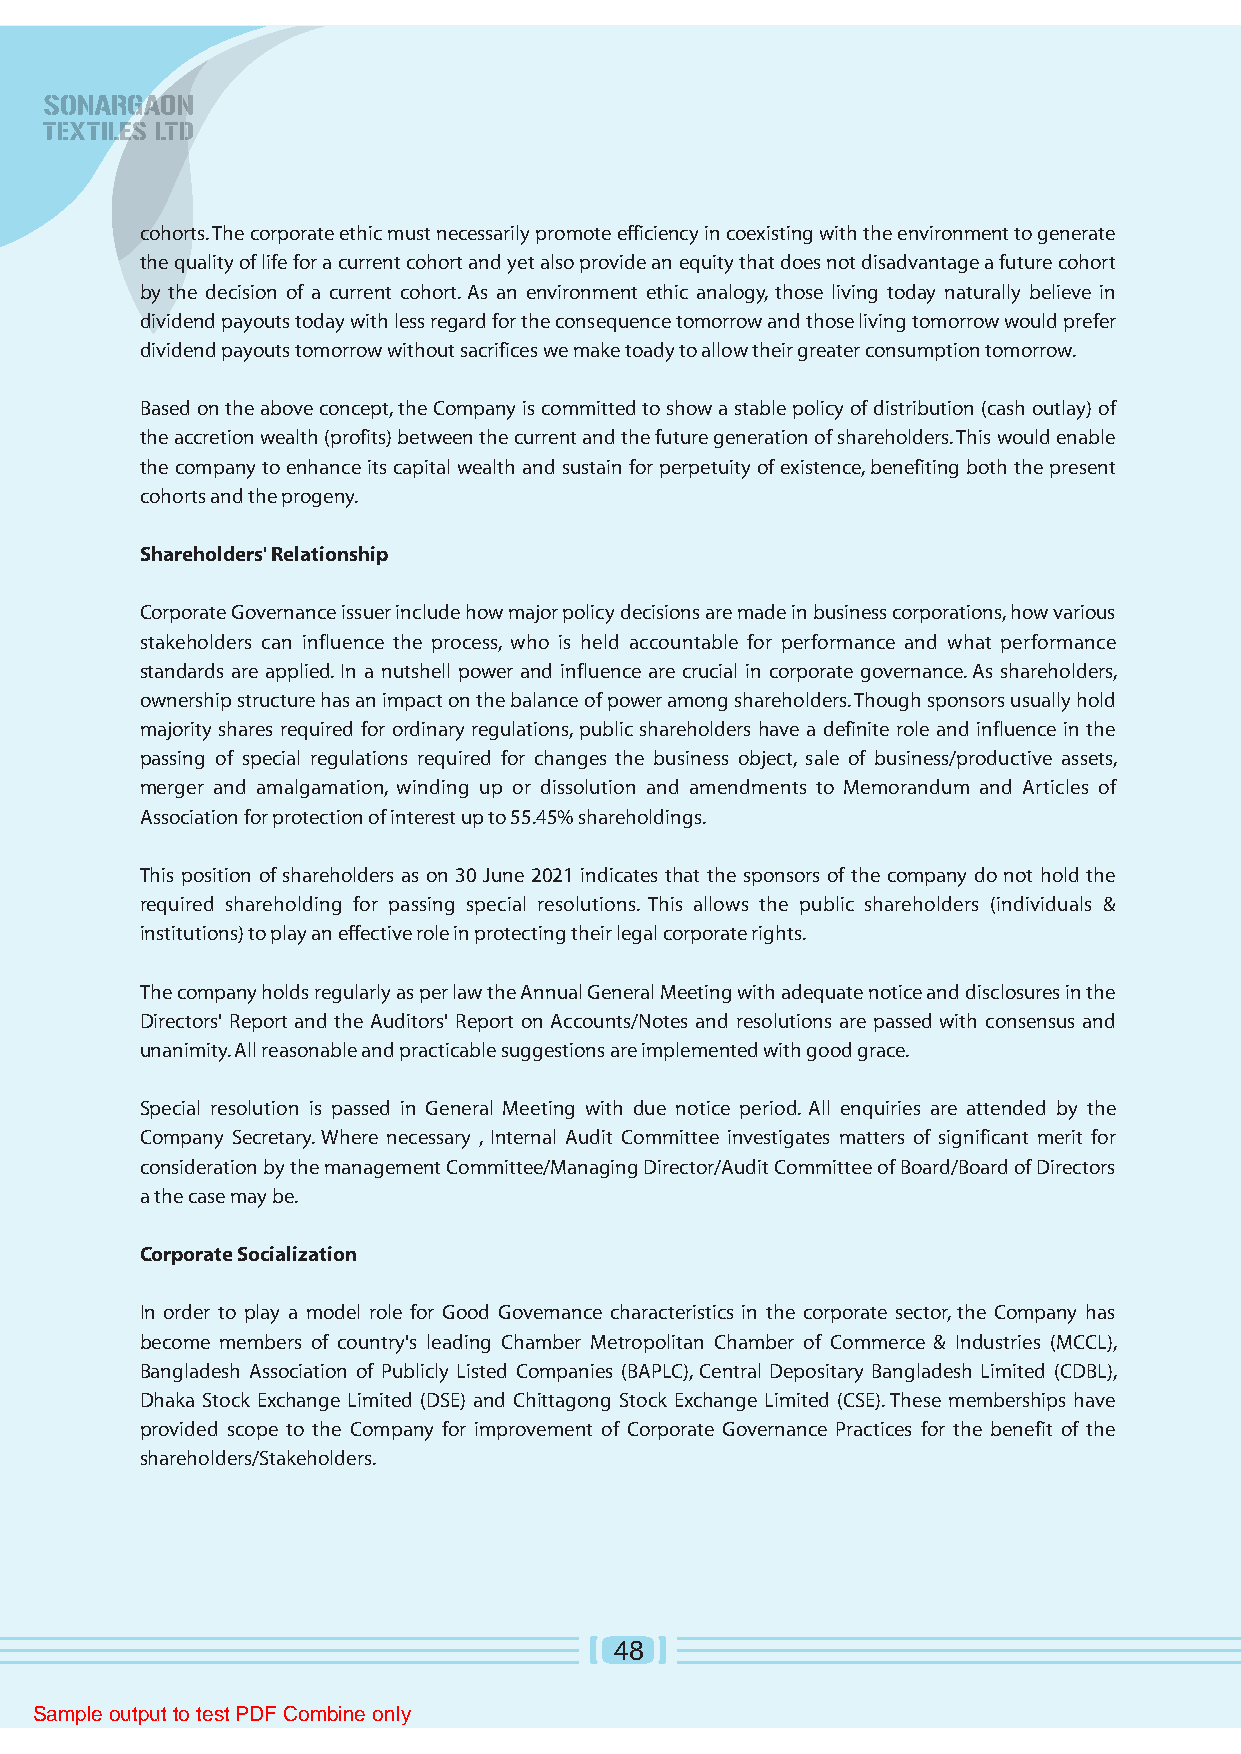
cohorts. The corporate ethic must necessarily promote efficiency in coexisting with the environment to generate
 the quality of life for a current cohort and yet also provide an equity that does not disadvantage a future cohort
 by the decision of a current cohort. As an environment ethic analogy, those living today naturally believe in
 dividend payouts today with less regard for the consequence tomorrow and those living tomorrow would prefer
 dividend payouts tomorrow without sacrifices we make toady to allow their greater consumption tomorrow.
 Based on the above concept, the Company is committed to show a stable policy of distribution (cash outlay) of
 the accretion wealth (profits) between the current and the future generation of shareholders. This would enable
 the company to enhance its capital wealth and sustain for perpetuity of existence, benefiting both the present
 cohorts and the progeny.
 Shareholders' Relationship
 Corporate Governance issuer include how major policy decisions are made in business corporations, how various
 stakeholders can influence the process, who is held accountable for performance and what performance
 standards are applied. In a nutshell power and influence are crucial in corporate governance. As shareholders,
 ownership structure has an impact on the balance of power among shareholders. Though sponsors usually hold
 majority shares required for ordinary regulations, public shareholders have a definite role and influence in the
 passing of special regulations required for changes the business object, sale of business/productive assets,
 merger and amalgamation, winding up or dissolution and amendments to Memorandum and Articles of
 Association for protection of interest up to 55.45% shareholdings.
 This position of shareholders as on 30 June 2021 indicates that the sponsors of the company do not hold the
 required shareholding for passing special resolutions. This allows the public shareholders (individuals &
 institutions) to play an effective role in protecting their legal corporate rights.
 The company holds regularly as per law the Annual General Meeting with adequate notice and disclosures in the
 Directors' Report and the Auditors' Report on Accounts/Notes and resolutions are passed with consensus and
 unanimity. All reasonable and practicable suggestions are implemented with good grace.
 Special resolution is passed in General Meeting with due notice period. All enquiries are attended by the
 Company Secretary. Where necessary , Internal Audit Committee investigates matters of significant merit for
 consideration by the management Committee/Managing Director/Audit Committee of Board/Board of Directors
 a the case may be.
 Corporate Socialization
 In order to play a model role for Good Governance characteristics in the corporate sector, the Company has
 become members of country's leading Chamber Metropolitan Chamber of Commerce & Industries (MCCL),
 Bangladesh Association of Publicly Listed Companies (BAPLC), Central Depositary Bangladesh Limited (CDBL),
 Dhaka Stock Exchange Limited (DSE) and Chittagong Stock Exchange Limited (CSE). These memberships have
 provided scope to the Company for improvement of Corporate Governance Practices for the benefit of the
 shareholders/Stakeholders.
 48
 Sample output to test PDF Combine only